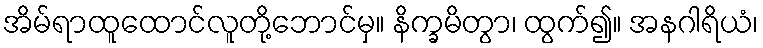
အိမ်ရာထူထောင်လူတို့ဘောင်မှ။ နိက္ခမိတွာ၊ ထွက်၍။ အနဂါရိယံ၊